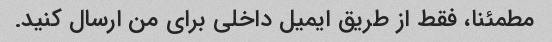
مطمئنا، فقط از طریق ایمیل داخلی برای من ارسال کنید.